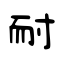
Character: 耐